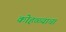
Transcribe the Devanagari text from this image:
कोहळ्याचा